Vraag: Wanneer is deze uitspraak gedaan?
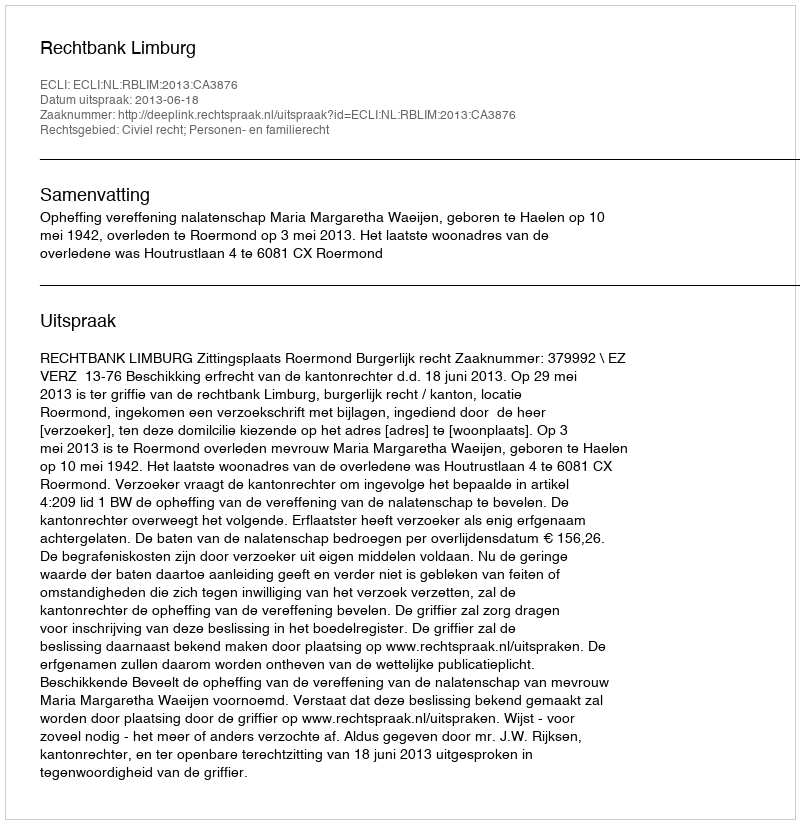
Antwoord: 2013-06-18